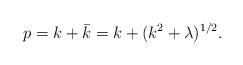
LaTeX: \begin{align*}p=k +\bar k=k +(k^2 +\lambda)^{1/2}.\end{align*}